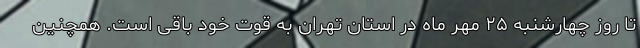
تا روز چهارشنبه ۲۵ مهر ماه در استان تهران به قوت خود باقی است. همچنین